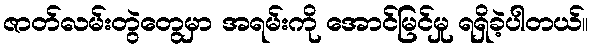
ဇာတ်လမ်းတွဲတွေမှာ အရမ်းကို အောင်မြင်မှု ရရှိခဲ့ပါတယ်။